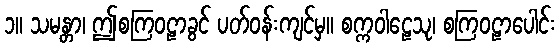
၁။ သမန္တာ၊ ဤစကြဝဠာခွင် ပတ်ဝန်းကျင်မှ။ စက္ကဝါဠေသု၊ စကြဝဠာပေါင်း